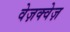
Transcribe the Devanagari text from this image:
वेज़क्वेज़